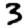
Digit: 3